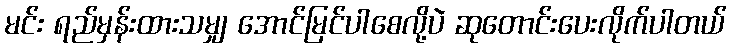
မင်း ရည်မှန်းထားသမျှ အောင်မြင်ပါစေလို့ပဲ ဆုတောင်းပေးလိုက်ပါတယ်